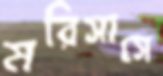
মরিসাসে